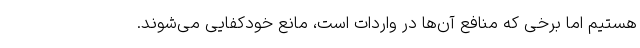
هستیم اما برخی که منافع آن‌ها در واردات است، مانع خودکفایی می‌شوند.